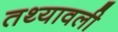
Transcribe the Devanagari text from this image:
तथ्यावली